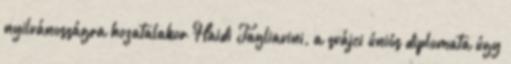
nyilvánosságra hozatalakor Haidi Tagliavini, a svájci úniós diplomata úgy